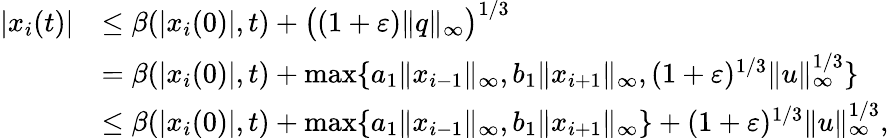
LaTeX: \begin{array}{rl}{|x_{i}(t)|}&{\leq\beta(|x_{i}(0)|,t)+\big((1+\varepsilon)\| q\| _{\infty}\big)^{1/3}}\\ &{=\beta(|x_{i}(0)|,t)+\operatorname*{max}\{ a_{1}\| x_{i-1}\| _{\infty},b_{1}\| x_{i+1}\| _{\infty},(1+\varepsilon)^{1/3}\| u\| _{\infty}^{1/3}\} }\\ &{\leq\beta(|x_{i}(0)|,t)+\operatorname*{max}\{ a_{1}\| x_{i-1}\| _{\infty},b_{1}\| x_{i+1}\| _{\infty}\} +(1+\varepsilon)^{1/3}\| u\| _{\infty}^{1/3},}\end{array}